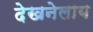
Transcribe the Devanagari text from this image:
देखनेलाय